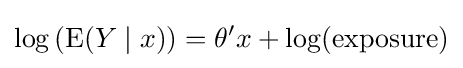
\log \left(\operatorname {E} (Y\mid x)\right)=\theta 'x+\log({\text{exposure}})